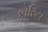
કોરિય